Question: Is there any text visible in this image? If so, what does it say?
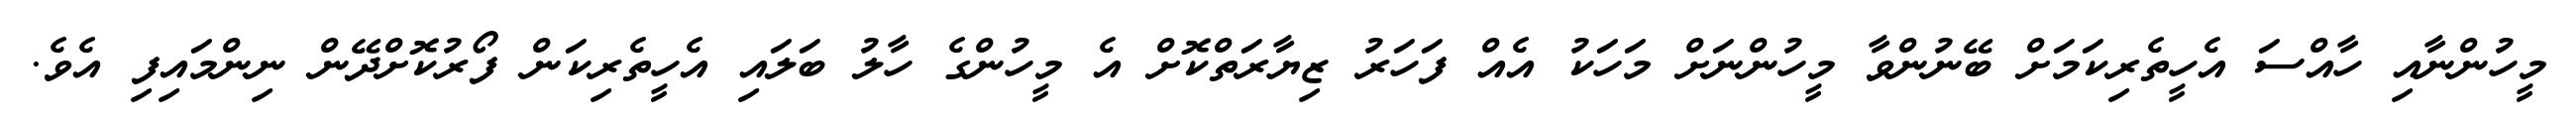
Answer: މީހުންނާއި ހާއްސަ އެހީތެރިކަމަށް ބޭނުންވާ މީހުންނަށް މަހަކު އެއް ފަހަރު ޒިޔާރަތްކޮށް އެ މީހުންގެ ހާލު ބަލައި އެހީތެރިކަން ފޯރުކޮށްދޭން ނިންމައިފި އެވެ.